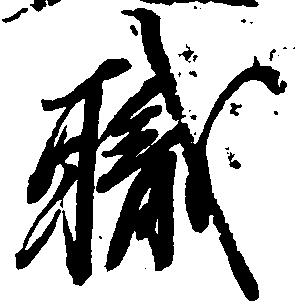
職